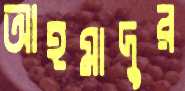
আহমাদুর